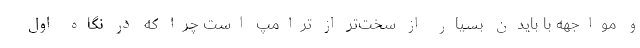
و مواجهه با بایدن بسیار از سخت­تر از ترامپ است چرا که در نگاه اول